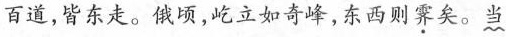
百道，皆东走。俄顷，屹立如奇峰，东西则霁矣。当